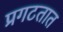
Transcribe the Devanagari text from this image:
प्रगटतात